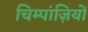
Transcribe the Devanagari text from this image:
चिम्पांज़ियों